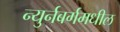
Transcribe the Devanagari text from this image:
न्युर्नबर्गमधील